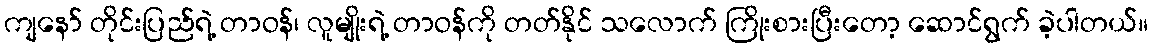
ကျနော် တိုင်းပြည်ရဲ့ တာဝန်၊ လူမျိုးရဲ့ တာဝန်ကို တတ်နိုင် သလောက် ကြိုးစားပြီးတော့ ဆောင်ရွက် ခဲ့ပါတယ်။